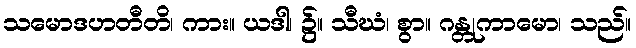
သမောဒဟတီတိ၊ ကား။ ယဒါ၊ ၌။ သီဃံ၊ စွာ။ ဂန္တုကာမော၊ သည်။